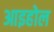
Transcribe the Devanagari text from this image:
आइहोल